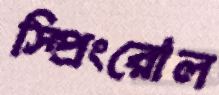
স্প্রিংরোল